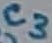
Text: C3